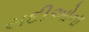
સદીઓના